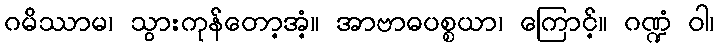
ဂမိဿာမ၊ သွားကုန်တော့အံ့။ အာဗာဓပစ္စယာ၊ ကြောင့်။ ဂဏ္ဍံ ဝါ၊